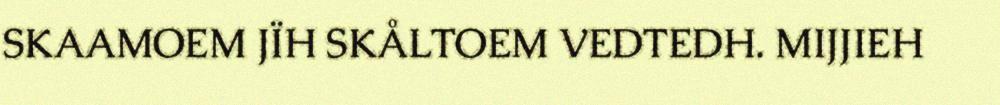
SKAAMOEM JÏH SKÅLTOEM VEDTEDH. MIJJIEH